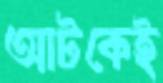
আটকেই